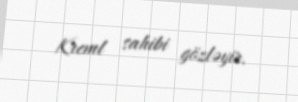
Kreml sahibi gözləyir.